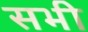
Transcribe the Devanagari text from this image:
सभी